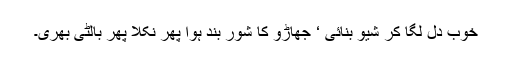
خوب دل لگا کر شیو بنائی ‘ جھاڑو کا شور بند ہوا پھر نکلا پھر بالٹی بھری۔